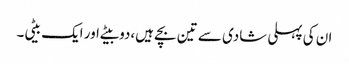
ان کی پہلی شادی سے تین بچے ہیں،دو بیٹے اور ایک بیٹی۔